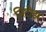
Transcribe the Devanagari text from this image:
सिटीझ